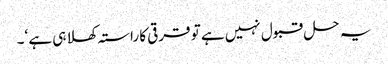
یہ حل قبول نہیں ہے تو قرقی کا راستہ کھلا ہی ہے ‘۔